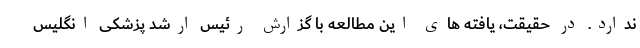
ندارد. در حقیقت، یافته های این مطالعه با گزارش رئیس ارشد پزشکی انگلیس